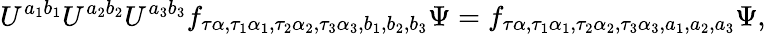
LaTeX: U^{a_{1}b_{1}}U^{a_{2}b_{2}}U^{a_{3}b_{3}}f_{\tau\alpha,\tau_{1}\alpha_{1},\tau_{2}\alpha_{2},\tau_{3}\alpha_{3},b_{1},b_{2},b_{3}}\Psi=f_{\tau\alpha,\tau_{1}\alpha_{1},\tau_{2}\alpha_{2},\tau_{3}\alpha_{3},a_{1},a_{2},a_{3}}\Psi,